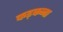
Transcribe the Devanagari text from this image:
कड़कना